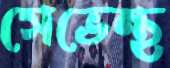
সেভেন্থ